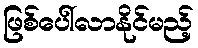
ဖြစ်ပေါ်လာနိုင်မည့်